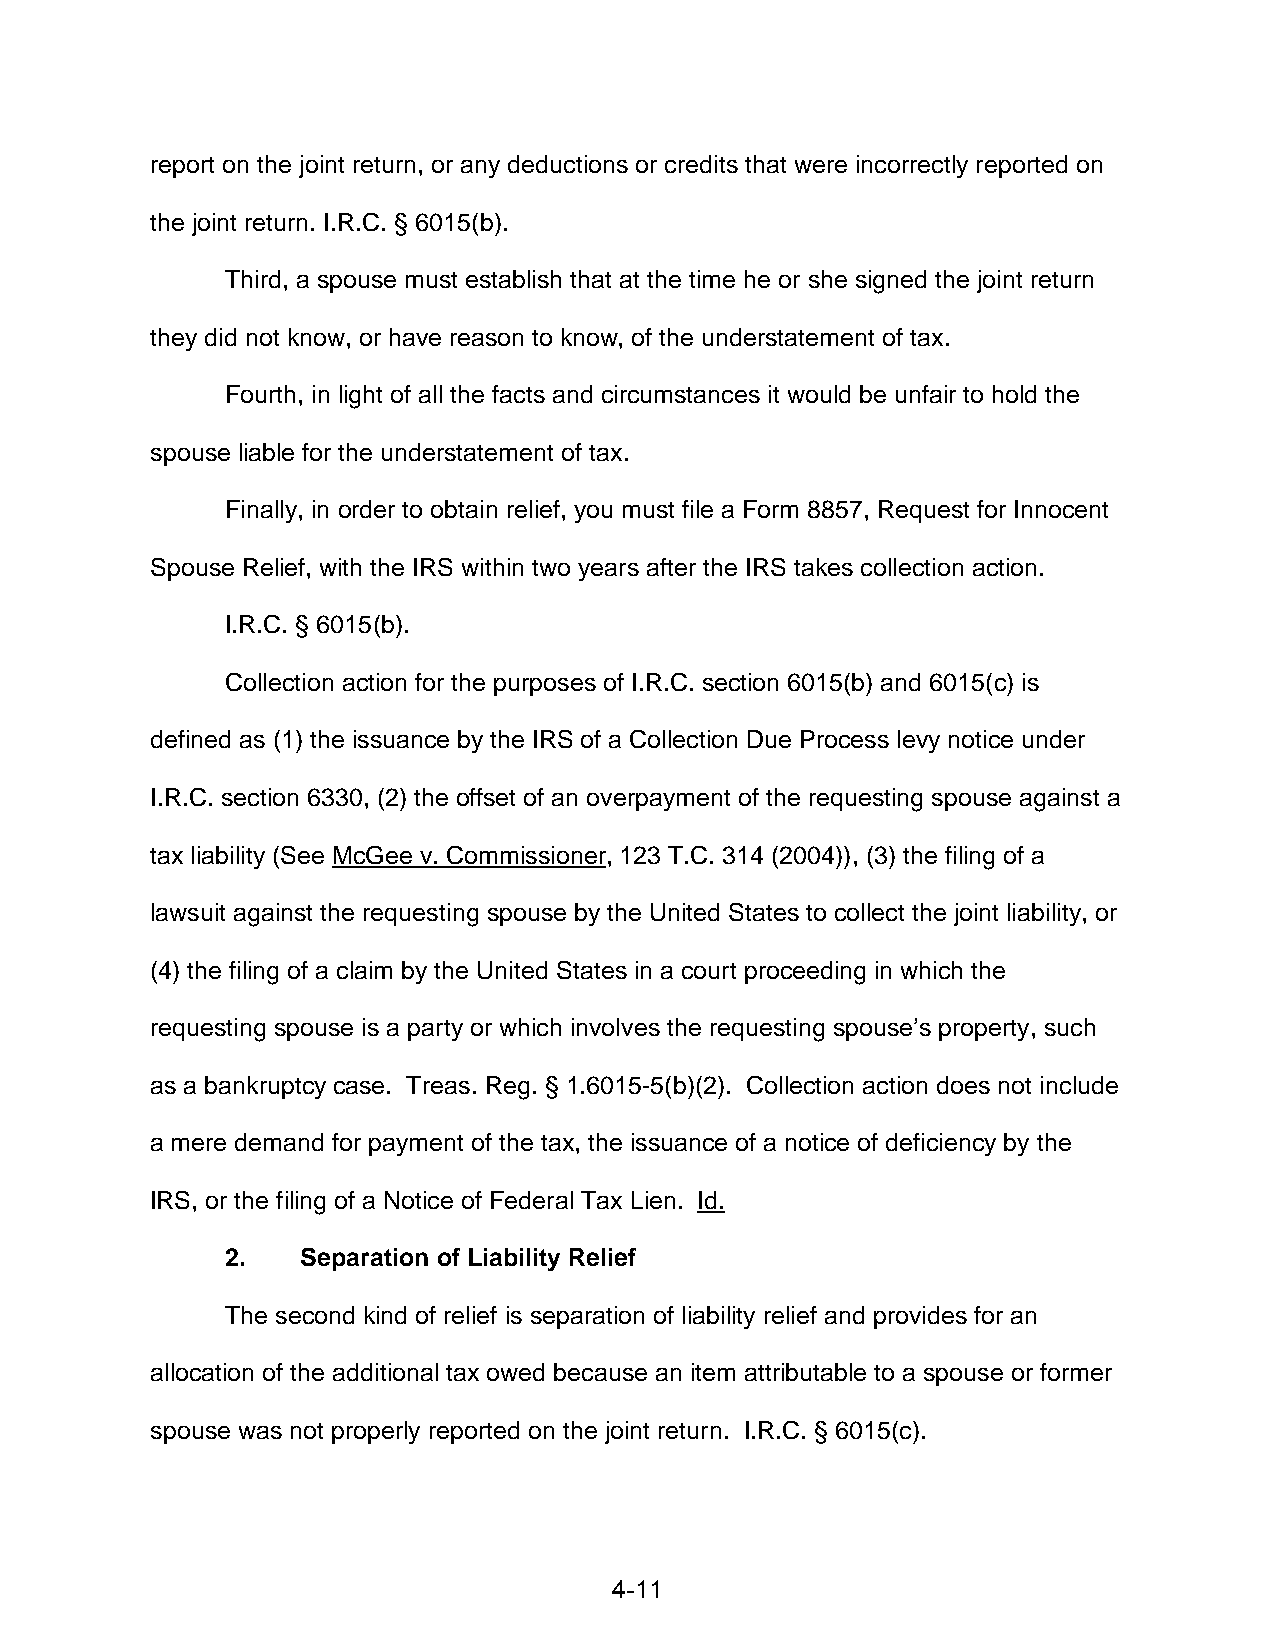
report on the joint return, or any deductions or credits that were incorrectly reported on
 the joint return. I.R.C. § 6015(b).
 Third, a spouse must establish that at the time he or she signed the joint return
 they did not know, or have reason to know, of the understatement of tax.
 Fourth, in light of all the facts and circumstances it would be unfair to hold the
 spouse liable for the understatement of tax.
 Finally, in order to obtain relief, you must file a Form 8857, Request for Innocent
 Spouse Relief, with the IRS within two years after the IRS takes collection action.
 I.R.C. § 6015(b).
 Collection action for the purposes of I.R.C. section 6015(b) and 6015(c) is
 defined as (1) the issuance by the IRS of a Collection Due Process levy notice under
 I.R.C. section 6330, (2) the offset of an overpayment of the requesting spouse against a
 tax liability (See McGee v. Commissioner, 123 T.C. 314 (2004)), (3) the filing of a
 lawsuit against the requesting spouse by the United States to collect the joint liability, or
 (4) the filing of a claim by the United States in a court proceeding in which the
 requesting spouse is a party or which involves the requesting spouse’s property, such
 as a bankruptcy case. Treas. Reg. § 1.6015-5(b)(2). Collection action does not include
 a mere demand for payment of the tax, the issuance of a notice of deficiency by the
 IRS, or the filing of a Notice of Federal Tax Lien. Id.
 2.   Separation of Liability Relief
 The second kind of relief is separation of liability relief and provides for an
 allocation of the additional tax owed because an item attributable to a spouse or former
 spouse was not properly reported on the joint return. I.R.C. § 6015(c).
 4-11